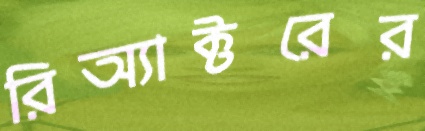
রিঅ্যাক্টরের